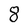
Character: 8